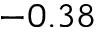
- 0 . 3 8